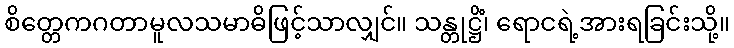
စိတ္တေကဂတာမူလသမာဓိဖြင့်သာလျှင်။ သန္တုဋ္ဌိံ၊ ရောငရဲ့အားရခြင်းသို့။